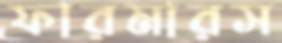
ফারমারস